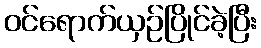
ဝင်ရောက်ယှဉ်ပြိုင်ခဲ့ပြီး